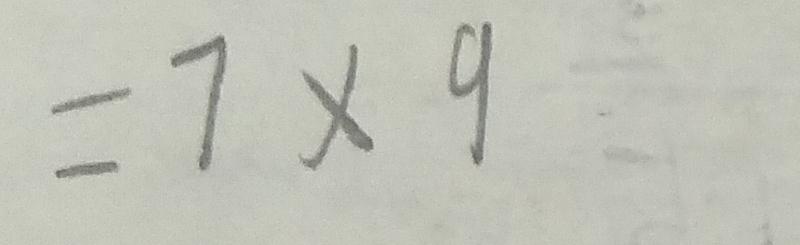
= 7 \times 9